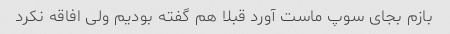
بازم بجای سوپ ماست آورد قبلا هم گفته بودیم ولی افاقه نکرد